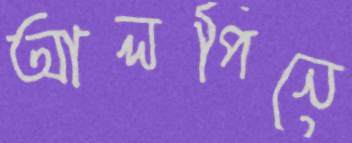
আলপিনে